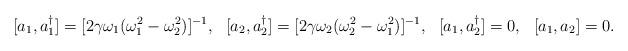
LaTeX: \begin{align*}[a_1,a_1^{\dagger}]=[2\gamma\omega_1(\omega_1^2-\omega_2^2)]^{-1},~~[a_2,a_2^{\dagger}]=[2\gamma\omega_2(\omega_2^2-\omega_1^2)]^{-1},~~[a_1,a_2^{\dagger}]=0,~~[a_1,a_2]=0.\end{align*}